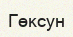
Гөксун